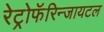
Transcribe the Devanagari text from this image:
रेट्रोफॅरिन्जायटल